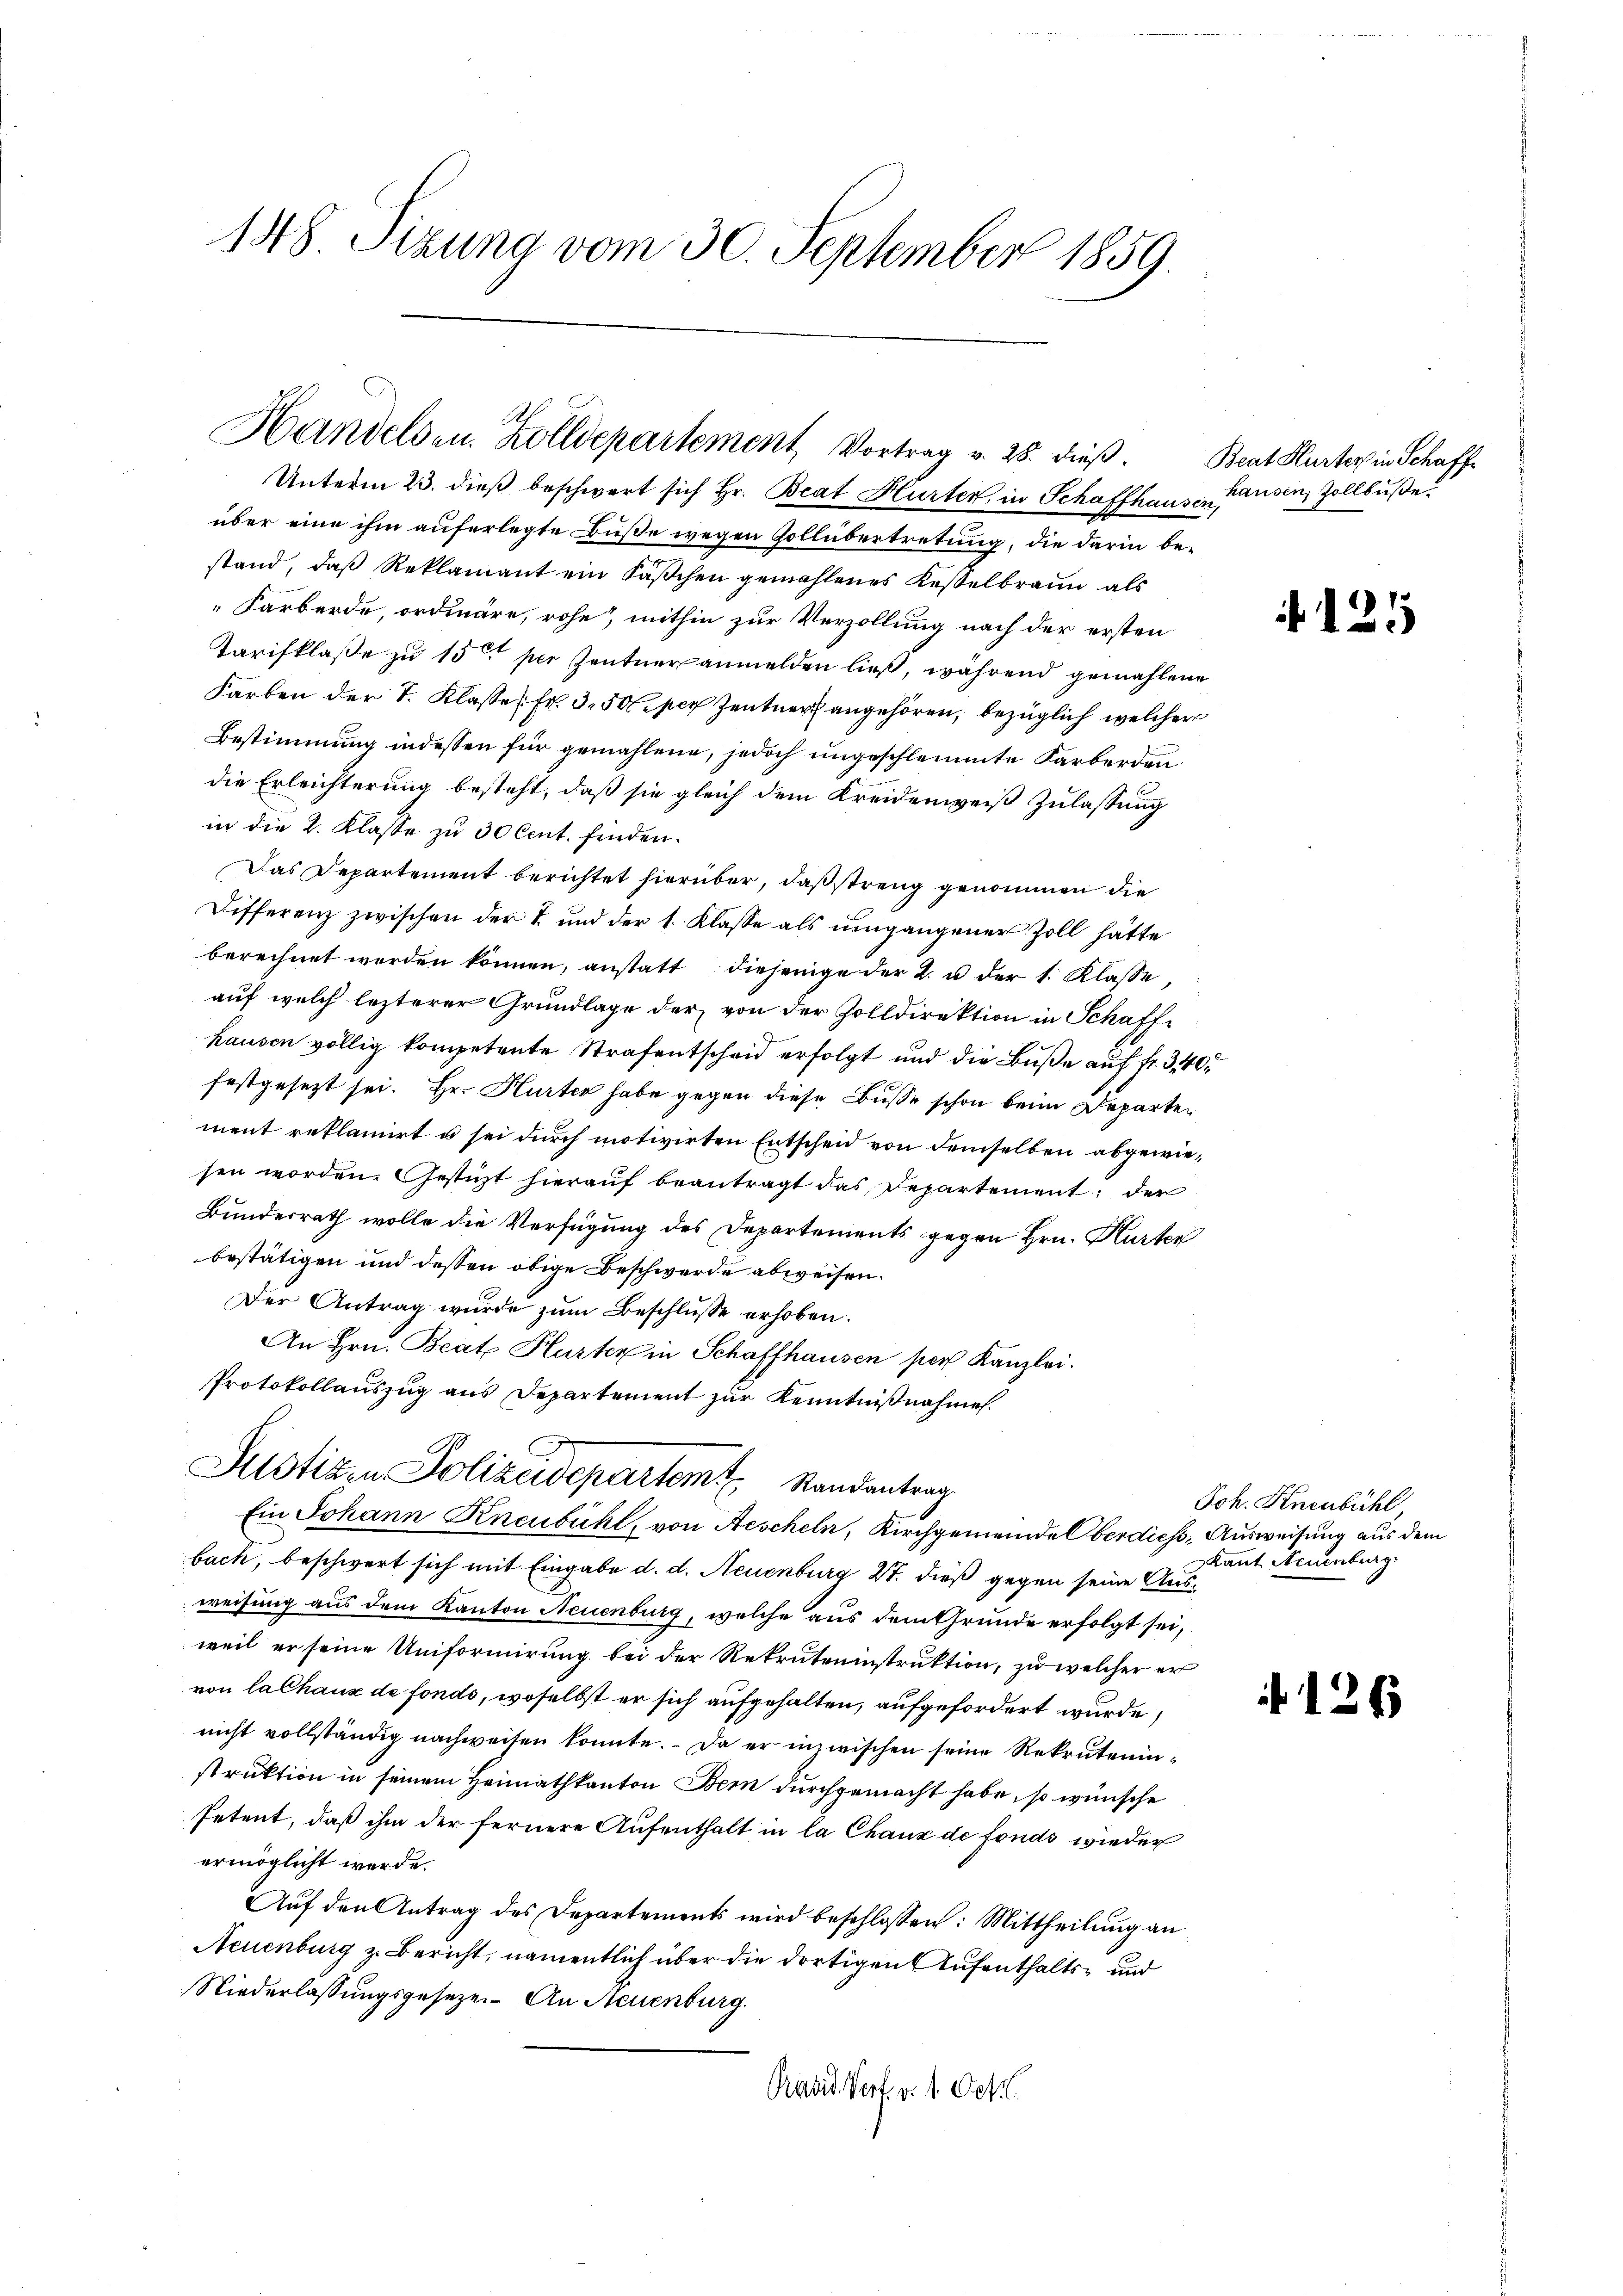
148 Sizung vom 30. September 1859.

Unterm 23. dieβ beschwert sich Hr. Beat Hurter in Schaffhaus Hausen, Zollbuße
über eine ihm auferlegte Buße wegen Gollübertretung, die darin bestand, daß Reklamant ein Säβchen gemahlenes Kesselbraun als
Farberde, ordinäre, rohe, mithin zur Verzollung nach der ersten
Tarifklaße zu 15 per Zentner anmelden ließ, während gemahlene
Farben der I. Klassen. Fr. 3, 50 per Zentner angehören, bezüglich welcher
Bestimmung indessen für gemahlene, jedoch ungeschlemmte Farberden
die Erleichterung besteht, daß sie gleich dem Kreidenweiß Zulassung
in die 2. Klasse zu 30 Cent finden.
Das Departement berichtet hierüber, daß streng genommen die
Differenz zwischen der I. und der 1. Klasse als umgangener Zoll hätte
berechnet worden können, anstatt diejenige der 2. u der 1. Klasse,
auf welch lezterer Grundlage der von der Zolldirektion in Schaffhausen völlig kompetente Strafentscheid erfolgt und die Buße auf fr. 3, 40
festgesezt sei. Hr. Hurter habe gegen diese Buße schon beim Departen
ment reklamirt u sei durch motivirten Entscheid von demselben abgewiesen worden. Gesticht hierauf beantragt das Departement; der
Bundesrath wolle die Verfügung des Departements gegen Hrn. Karten
bestätigen und dessen obige Beschwerde abweisen.
Der Antrag wurde zum Beschlüsse erhoben.
An Hrn. Beat Hurter in Schaffhausen per Kanzlei.
Protokollauszug aus Departement zur Kenntnißnahmen.
Justizen Polizeidepartem Randantrag
Ein Johann Kneubühl, von Aescheln, Kirchgemeinde Oberdiess, Ausweisung aus dem
bach, beschwert sich mit Eingabe d. d. Neuenburg 27. dieß gegen seine Ausweisung aus dem Kanton Neuenburg, welche aus dem Grunde erfolgt sei,
weil er seine Uniformirung bei der Rekruteninstruktion, zu welcher er
von la Chaux de fonds, woselbst er sich aufgehalten, aufgefordert wurde,
nicht vollständig nachweisen konnte. Da er inzwischen seine Rekruteninstruktion in seinem Heimathkanton Bern durchgemacht habe, so wünsche
Petent, daß ihm der fernere Aufenthalt in la Chaux de fonds wieder
ermöglicht werde.
Auf den Antrag des Departements wird beschlossen: Mittheilung an
Neuenburg z. Bericht, namentlich über die dortigen Aufenthalts- und
Niederlassungsgesetze. An Neuenburg.
Pavid Dorf v. 1. Oct

Handelsen. Zolldepartement, Vortrag v. 28. dieß.

Beat Hurter in Schaff

1

1

Joh. Knenbühl,
Kant Neuenburg

s